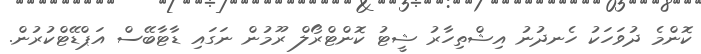
ކޮންމެ ދުވަހަކު ހެނދުނު އިޝްތިހާރު ޝީޓު ކޮންޓްރޯލް ރޫމުން ނަގައި ޑާޓާބޭސް އަޕްޑޭޓްކުރުން.